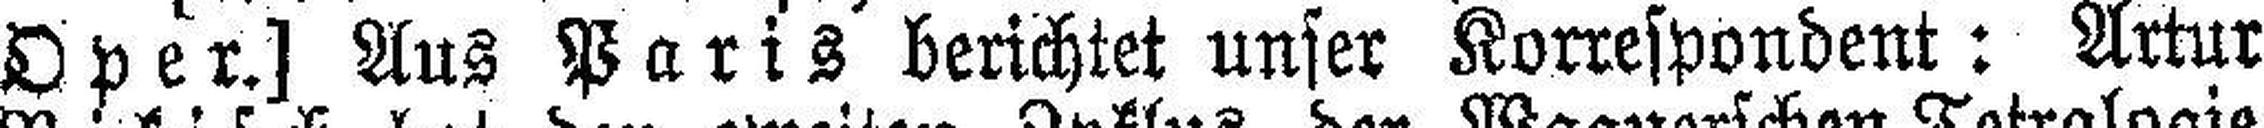
Oper] Aus Paris berichtet unser Korrespondent: Artur